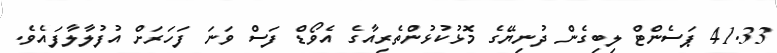
41.33 ޕަސެންޓް ލިބިގެން ދުނިޔޭގެ މޮޅުކުޅުންތެރިއާގެ އެވޯޑް ފަސް ވަނަ ފަހަރަށް އުފުލާލާފައެވެ.